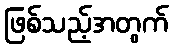
ဖြစ်သည့်အတွက်